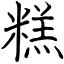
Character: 糕